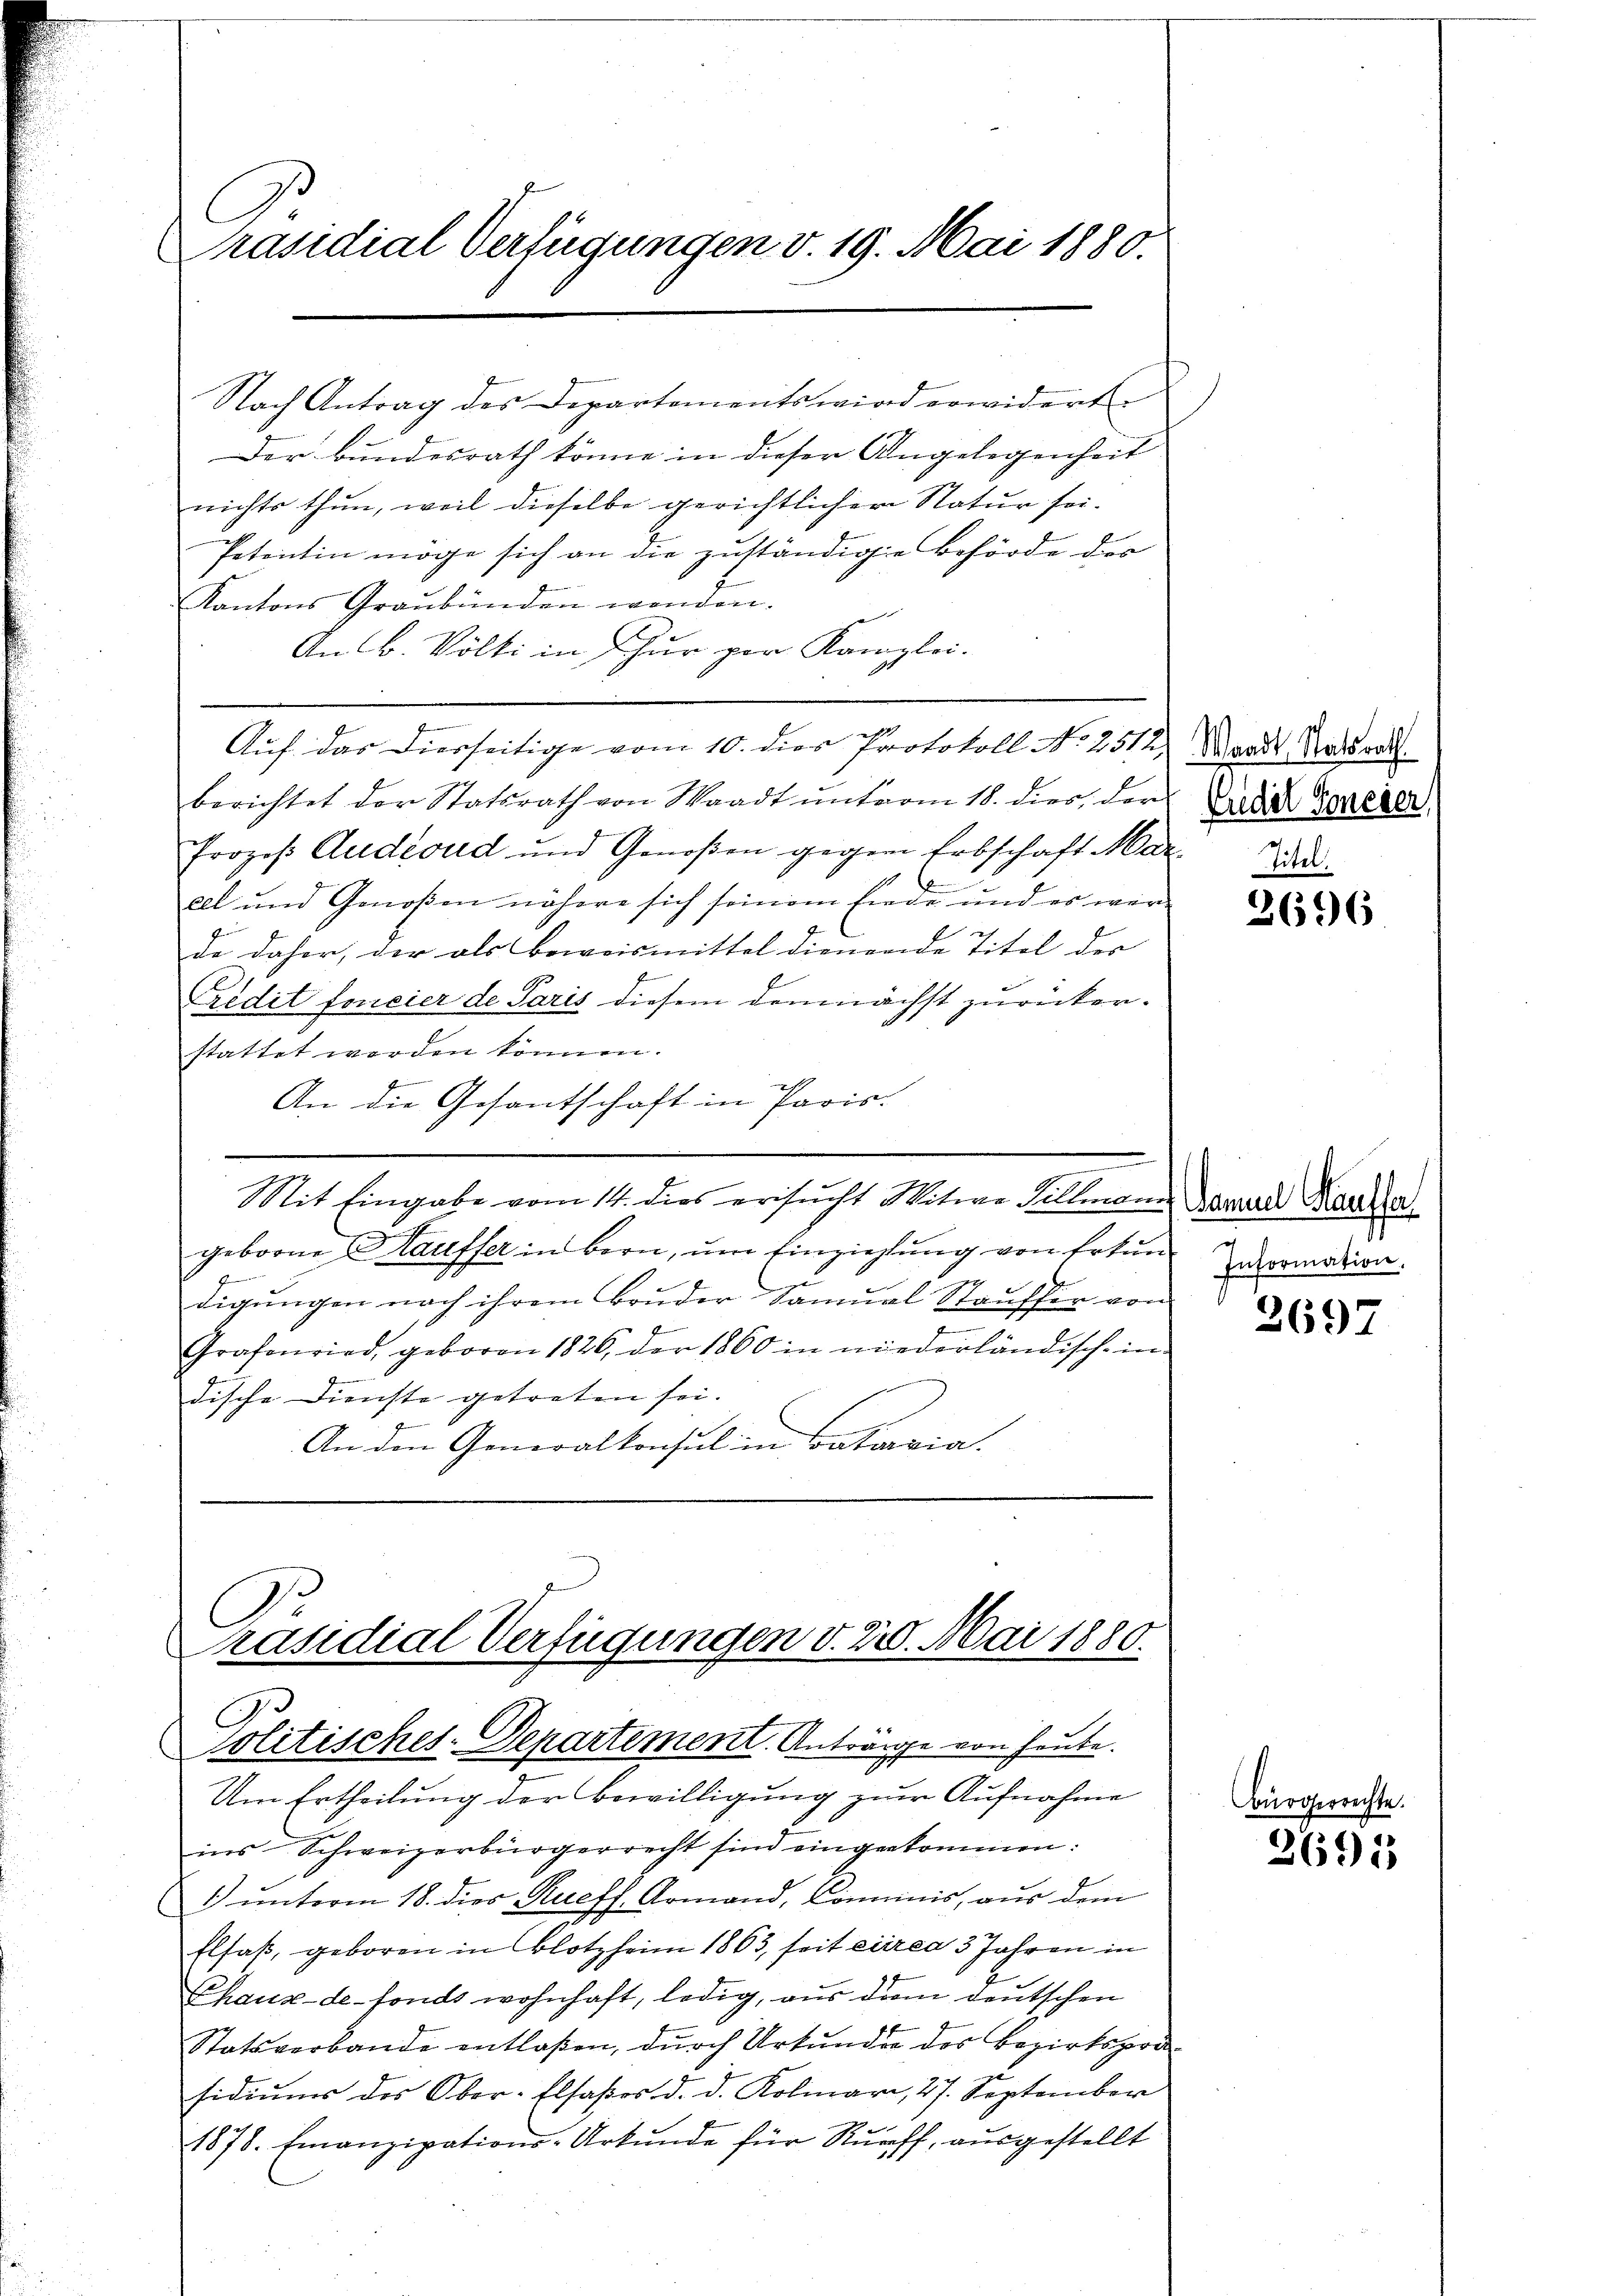
Präsidial-Verfügungen v. 19. Mai 1880.

Nach Antrag des Departements wird erwiderte
Der Bundesrath könne in dieser Angelegenheit
nichts thun, weil dieselbe gerichtlicher Natur sei¬
Petentin möge sich an die zuständige Behörde der
Kantons Graubünden wenden.
An B. Völki in Schur por Kanzlei-
Auf das Dierseitige vom 10. dies Protokoll No 2512, Waadt Ratsrath.
berichtet der Statsrath von Staadt ŭnterm 18. dies, der Eide Galler
Prozeß Audeoud und Genoßen gegen Erbschaft Mar
all und Genoßen nähere sich seinem Eide und es werde daher, der als Beweismittel dienende Titel der
Predit foncier de Paris diesem demnächst zurückerstattet worden können.

An die Gesantschaft in Paris
.
Mit Eingabe vom 14. dies ersŭcht Witwe Villmann daraus Maula
geborne Hauffer in Bern, ŭm Einziehung von Erten zuomation.
f
digungen nach ihrem Bruder Samuel Stauffer von
Grafenried, geboren 1826, der 1860 in niederländisch-in
dische Dienste getreten sei.
An den Generalkonsul in Bataria.

Präsidial-Verfügungen v. 228. Mai 1880.
C
Politisches-Departement. Anträge von heute.

Um Ertheilung der Bewilligung zur Aufnahme
ins Schweizerbürgerrecht sind eingekommen:
1) unterm 18. dies Rueff. Armand, Commis, aus dem
Elsaß, geboren in Blotzheim 1863, seit circa 3 Jahren in
Chaux-de-Fonds wohnhaft, ledig, aus dem deutschen
Statsverbande entlaßen, durch Urkunden des Bezirksprasidiŭms des Ober-Elsaßos d. d. Kolmari, 27. September
1878. Einanzipations-Urkŭnde für Rurff, ausgestellt

3696

2697